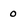
Character: 0